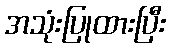
အသုံးပြုထားပြီး